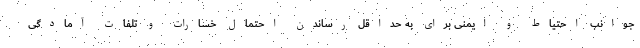
جوانب احتیاط و ایمنی برای به حداقل رساندن احتمال خسارات و تلفات آمادگی